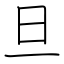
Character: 旦